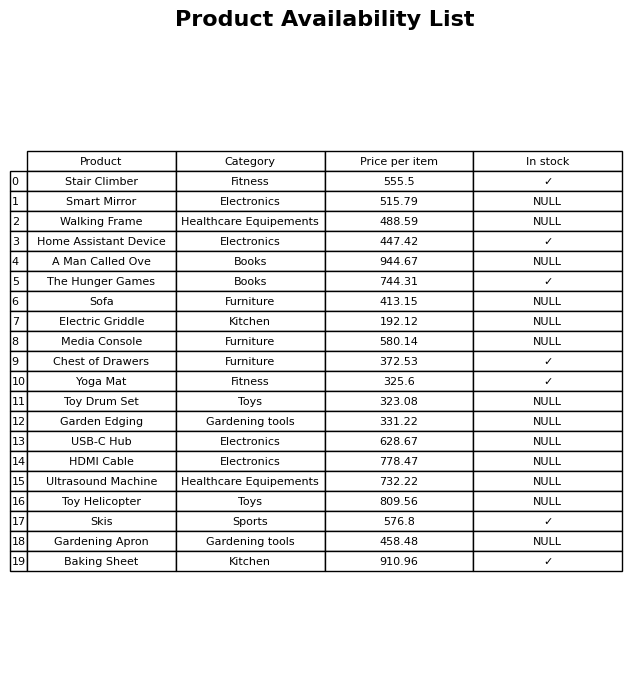
question: What category does the Yoga Mat belong to?
answer: Fitness